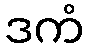
ဒကံ